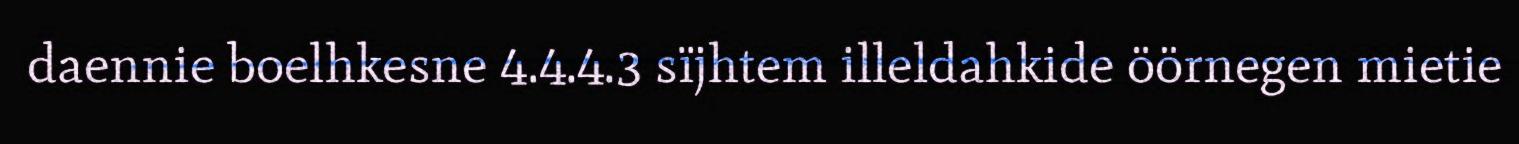
daennie boelhkesne 4.4.4.3 sïjhtem illeldahkide öörnegen mietie